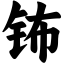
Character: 钸